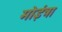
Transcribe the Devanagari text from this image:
मोईत्रा